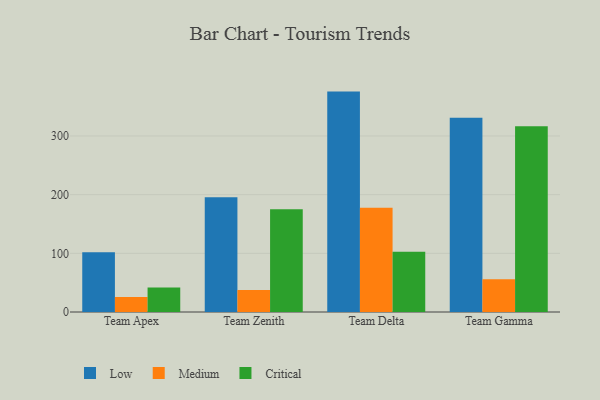
{"axis": {"x": "Team", "y": "Inventory Turnover"}, "legend": ["Critical", "Low", "Medium"], "data": [{"x": "Team Apex", "y": 101.9, "type": "Low"}, {"x": "Team Apex", "y": 25.5, "type": "Medium"}, {"x": "Team Apex", "y": 41.6, "type": "Critical"}, {"x": "Team Zenith", "y": 195.5, "type": "Low"}, {"x": "Team Zenith", "y": 37.6, "type": "Medium"}, {"x": "Team Zenith", "y": 175.3, "type": "Critical"}, {"x": "Team Delta", "y": 375.7, "type": "Low"}, {"x": "Team Delta", "y": 177.7, "type": "Medium"}, {"x": "Team Delta", "y": 102.8, "type": "Critical"}, {"x": "Team Gamma", "y": 331.1, "type": "Low"}, {"x": "Team Gamma", "y": 56.0, "type": "Medium"}, {"x": "Team Gamma", "y": 316.6, "type": "Critical"}]}